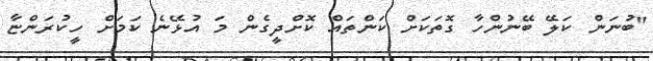
''ބުނަން ކަލޭ ބޭނުންހާ ގޮތަކަށް ކަންތައް ކޮށްދީގެން މަ އުޅޭނެ ކަމަށް ހީކުރަންޏާ